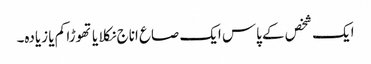
ایک شخص کے پاس ایک صاع اناج نکلا یا تھوڑا کم یا زیادہ۔